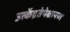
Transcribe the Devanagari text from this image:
उत्केंद्रतेपेक्षापण